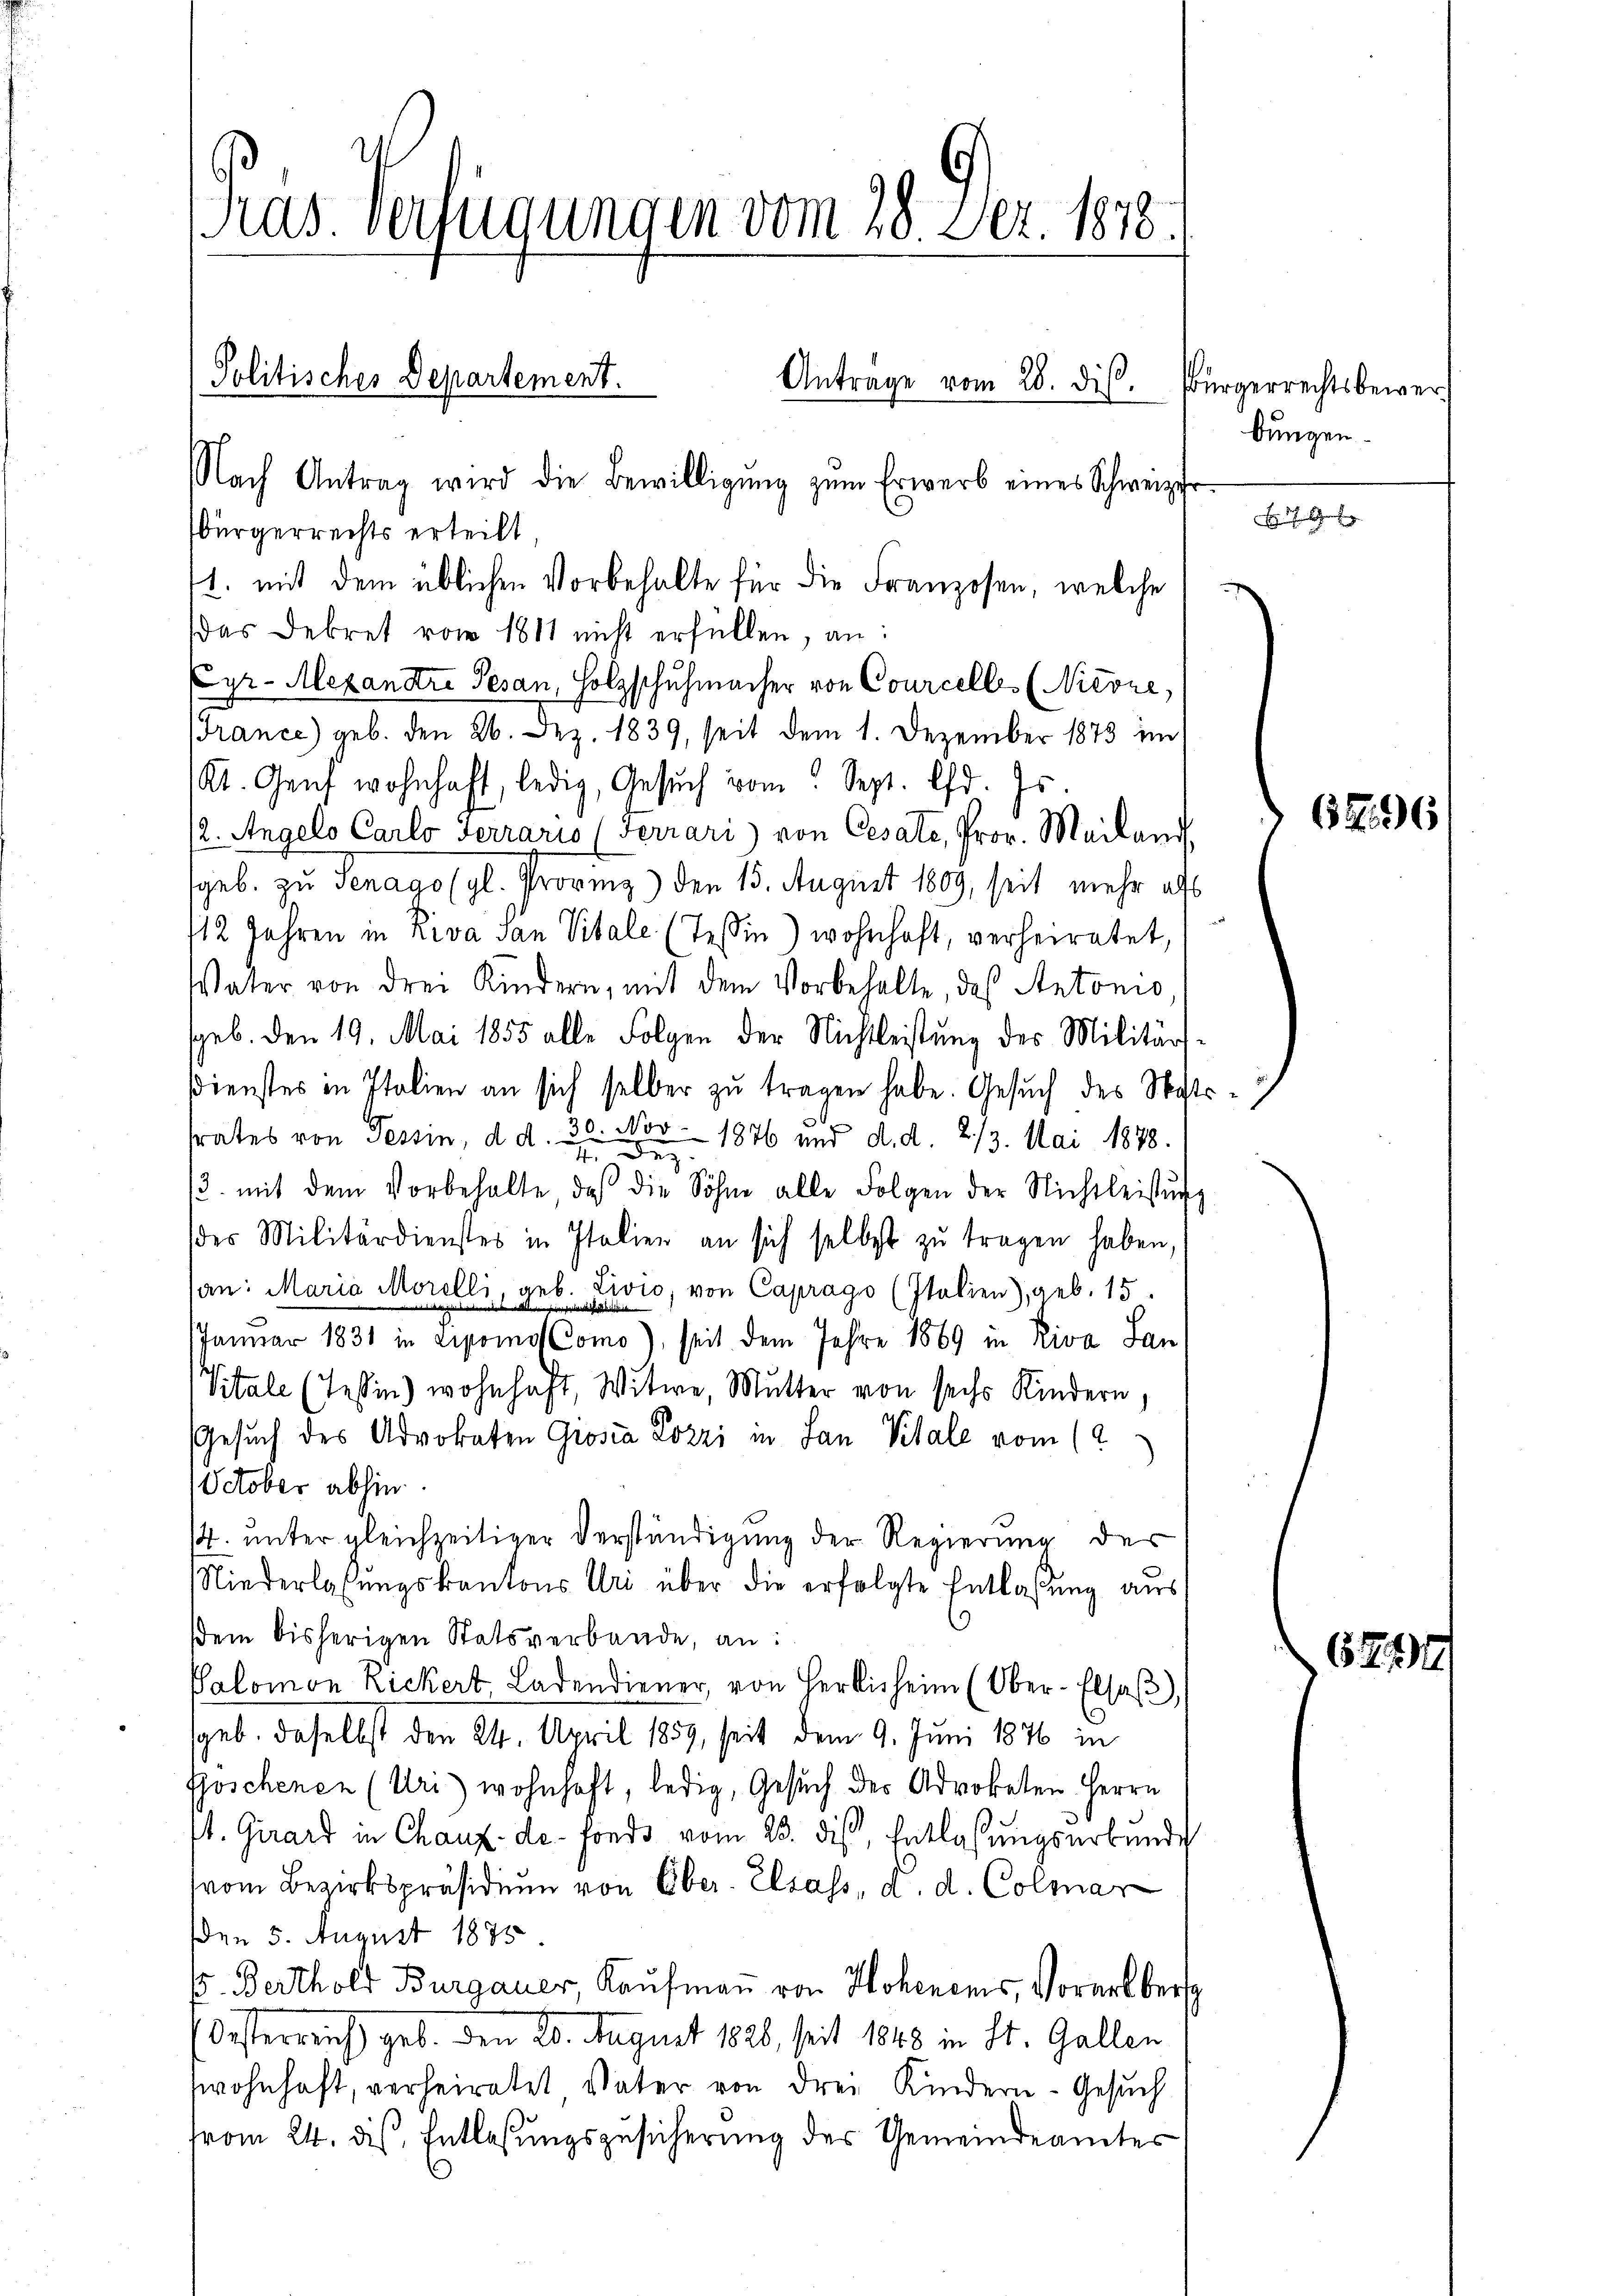
ras. Verfügungen vom 28. Dez. 1878.
Politisches Departement.
Antrage vom 28. dis.
Nach Antrag wird die Bewilligŭng zŭm Erwerb eines Schweizer

bürgerrechts erteilt
1. mit dem üblichen Vorbehalte für die Franzosen, welche
(das Dekret vom 1811 nicht erfüllen, an:
Cyr. Alexandre Gesan, Holzschuhmacher von Courcelles (Nicoze,
Brance) geb. den 26. Dez. 1839, seit dem 1. Dezember 1873 im
Kt. Genf wohnhaft, ledig, Gesŭch vom Sept. lfd. Js.
2. Angelo Carlo Terrario (Ferrari) von Cesate, Prov. Mailand
geb. zu Senago (gl. Proving) den 15. August 1809, seit mehr als
12 Jahren in Riva San Vitale (Tessin) wohnhaft, verheiratet,
Vater von drei Kindern, mit dem Vorbehalte, das Antonio
geb. Den 19. Mai 1855 alle Folgen der Nichtleistung des Militärs-
Dienstes in Italien an sich selber zu tragen habe. Gesuch des Sostrsrates von Tessin, d. d. 30. Nov. 1876 und d. d. 213. Mai 1878.
4 Dez.
13. mit dem Vorbehalte das die Söhne alle Folgen der Nichtleistŭng
der Militärdienster in Italien an sich selbst zu tragen haben,
san: Maria Morelli, geb. Zivio, von Caprago (Italien), geb. 15.
JJanuar 1831 in Lipomos Como), seit dem Jahre 1869 in Riva San
Vitale (Tessin) wohnhaft, Witwe, Mutter von sechs Kindern,
Gesuch des Advokaten Grosia Lozzi in San Vitale vom 12.
October abhin.
14. unter gleichzeitiger Verständigung der Regierung des
Niederlassŭngskantons Uri über die erfolgte Entlaßung aus
sdem bisherigen Statsverbande, an:
Palomon Rickert, Ladendiener, von Herlis heim (Ober-Elsaβ),
geb. daselbst den 24. April 1859, seit dem 9. Juni 1876 in
foschenen (Uri) wohnhaft, ledig, Gesuch des Advokaten Herrn
st. Girard in Chaux-de-Fonds vom 23. dis, Entlaßungsurkunde
(vom Bezirkspräsidiŭm von Ober. Elsass, d. d. Colmar
den 5. August 1875
E. Berthold Burgauer, Kaufmann von Hohenens, Vorarlbers
Oesterreich geb. den 20. August 1826, seit 1848 in St. Gallen
wohnhaft, verheiratet Vater von drei Kindern - Gesuch
trom 24. dis, Entlassungszusicherung des Gemeindeamtes

Bürgerrechtsbewerbungen.

ehelichen

12596

6